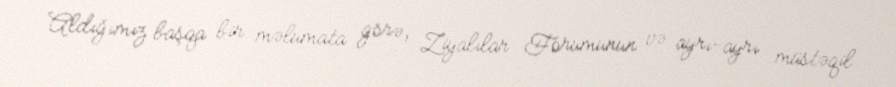
Aldığımız başqa bir məlumata görə, Ziyalılar Forumunun və ayrı-ayrı müstəqil